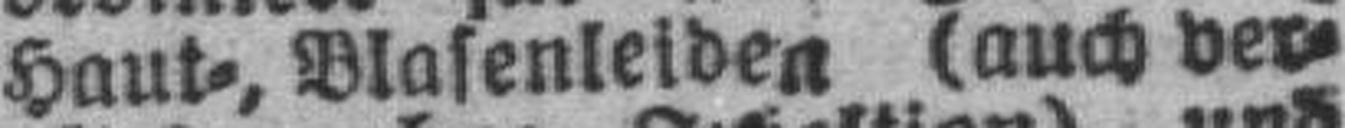
Haut=, Blasenleiden (auch ver¬